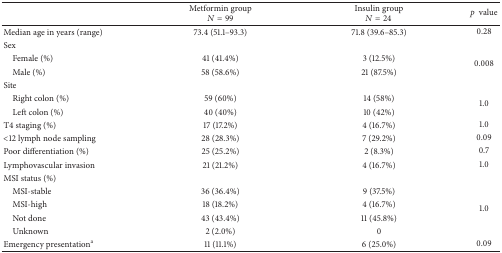
<table><thead><tr><td><b> </b></td><td><b>Metformin group<i>N</i> = 99</b></td><td><b>Insulin group<i>N</i> = 24</b></td><td><b><i>p </i>value</b></td></tr></thead><tbody><tr><td>Median age in years (range)</td><td>73.4 (51.1–93.3)</td><td>71.8 (39.6–85.3)</td><td>0.28</td></tr><tr><td>Sex</td><td> </td><td> </td><td> </td></tr><tr><td> Female (%)</td><td>41 (41.4%)</td><td>3 (12.5%)</td><td rowspan="2">0.008</td></tr><tr><td> Male (%)</td><td>58 (58.6%)</td><td>21 (87.5%)</td></tr><tr><td>Site</td><td> </td><td> </td><td> </td></tr><tr><td> Right colon (%)</td><td>59 (60%)</td><td>14 (58%)</td><td rowspan="2">1.0</td></tr><tr><td> Left colon (%)</td><td>40 (40%)</td><td>10 (42%)</td></tr><tr><td>T4 staging (%)</td><td>17 (17.2%)</td><td>4 (16.7%)</td><td>1.0</td></tr><tr><td>&lt;12 lymph node sampling</td><td>28 (28.3%)</td><td>7 (29.2%)</td><td>0.09</td></tr><tr><td>Poor differentiation (%)</td><td>25 (25.2%)</td><td>2 (8.3%)</td><td>0.7</td></tr><tr><td>Lymphovascular invasion</td><td>21 (21.2%)</td><td>4 (16.7%)</td><td>1.0</td></tr><tr><td>MSI status (%)</td><td> </td><td> </td><td> </td></tr><tr><td> MSI-stable</td><td>36 (36.4%)</td><td>9 (37.5%)</td><td rowspan="4">1.0</td></tr><tr><td> MSI-high</td><td>18 (18.2%)</td><td>4 (16.7%)</td></tr><tr><td> Not done</td><td>43 (43.4%)</td><td>11 (45.8%)</td></tr><tr><td> Unknown</td><td>2 (2.0%)</td><td>0</td></tr><tr><td>Emergency presentation<sup>a</sup></td><td>11 (11.1%)</td><td>6 (25.0%)</td><td>0.09</td></tr></tbody></table>